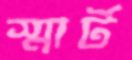
স্মার্ট